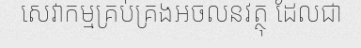
សេវាកម្មគ្រប់គ្រងអចលនវត្ថុ ដែលជា